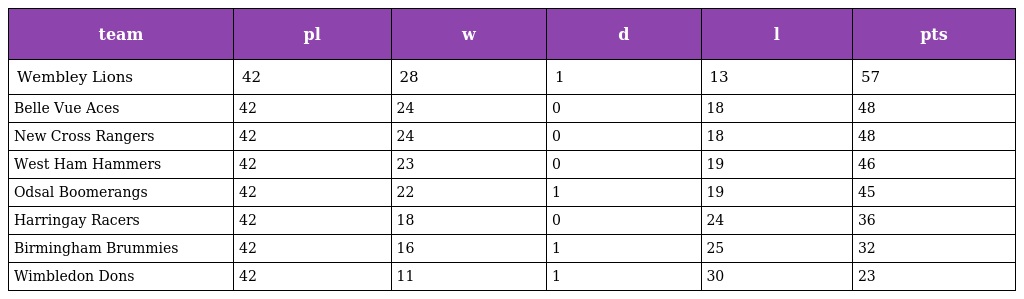
| team | pl | w | d | l | pts |
 | --- | --- | --- | --- | --- | --- |
 | Wembley Lions | 42 | 28 | 1 | 13 | 57 |
 | Belle Vue Aces | 42 | 24 | 0 | 18 | 48 |
 | New Cross Rangers | 42 | 24 | 0 | 18 | 48 |
 | West Ham Hammers | 42 | 23 | 0 | 19 | 46 |
 | Odsal Boomerangs | 42 | 22 | 1 | 19 | 45 |
 | Harringay Racers | 42 | 18 | 0 | 24 | 36 |
 | Birmingham Brummies | 42 | 16 | 1 | 25 | 32 |
 | Wimbledon Dons | 42 | 11 | 1 | 30 | 23 |